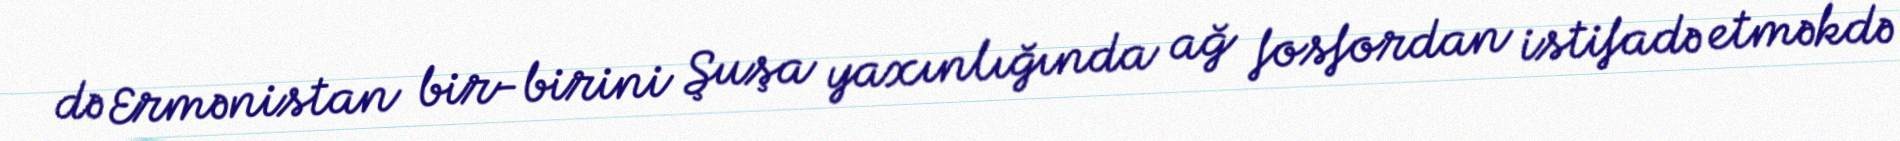
də Ermənistan bir-birini Şuşa yaxınlığında ağ fosfordan istifadə etməkdə